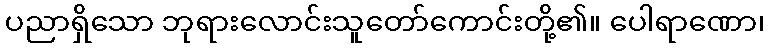
ပညာရှိသော ဘုရားလောင်းသူတော်ကောင်းတို့၏။ ပေါရာဏော၊